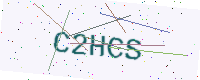
Text: C2HCS